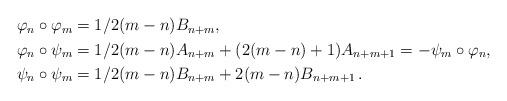
LaTeX: \begin{align*}\begin{aligned}{}\varphi_n\circ\varphi_m&= 1/2(m-n)B_{n+m},\\\varphi_n\circ\psi_m&= 1/2(m-n)A_{n+m}+(2(m-n)+1)A_{n+m+1}=-\psi_m\circ\varphi_n,\\\psi_n\circ\psi_m&= 1/2(m-n)B_{n+m}+2(m-n)B_{n+m+1}\,.\end{aligned}\end{align*}